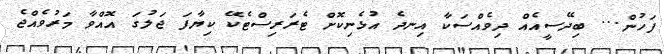
ފަހުން... ބިދޭސީއެއް ދިވެއްސަކާ އިނދެ އުޅެނިކޮށް ޓެރަރިސްޓެކޭ ކިޔާފަ ޖަލުގަ އޮއްވާ މަރުވެއްޖެ